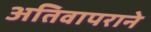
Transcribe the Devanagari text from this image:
अतिवापराने